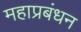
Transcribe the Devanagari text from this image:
महाप्रबंधन